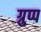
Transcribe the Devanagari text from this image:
ग्रुप्प